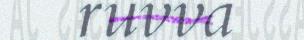
ruvva